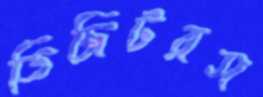
ডিজিটরস